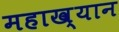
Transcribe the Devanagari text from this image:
महाख्यान